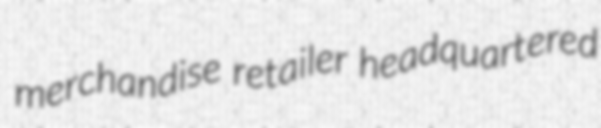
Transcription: merchandise retailer headquartered